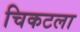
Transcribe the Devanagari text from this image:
चिकटला